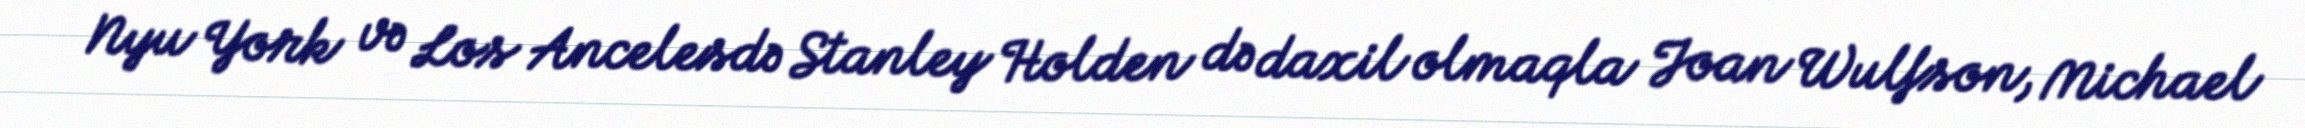
Nyu York və Los Ancelesdə Stanley Holden də daxil olmaqla Joan Wulfson, Michael